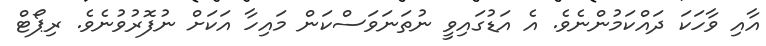
އާއި ވާހަކަ ދައްކަމުންނެވެ. އެ އަޑުގައިވީ ނުތަނަވަސްކަން މައިހާ އަކަށް ނުފޮރުވުނެވެ. ރިޕޯޓް